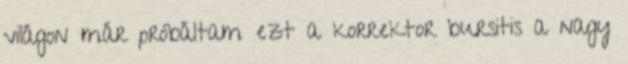
világon már próbáltam ezt a korrektor bursitis a nagy